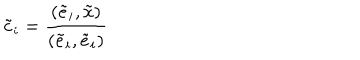
LaTeX: \tilde { c } _ { i } = \frac { ( \tilde { e } _ { i } , \tilde { x } ) } { ( \tilde { e } _ { i } , \tilde { e } _ { i } ) }